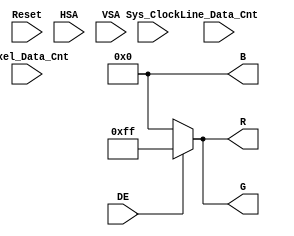
`timescale 1ns / 1ps
//////////////////////////////////////////////////////////////////////////////////
// Company:
// Engineer:
//
// Design Name:
// Module Name:    Data
// Project Name:
// Target Devices:
// Tool versions:
// Description:
//
// Dependencies:
//
// Revision:
// Revision 0.01 - File Created
// Additional Comments:
//
//////////////////////////////////////////////////////////////////////////////////
module Data_patten(
input Sys_Clock,
input Reset,
input HSA,
input VSA,
input DE,

input [15:0]Pixel_Data_Cnt,
input [15:0]Line_Data_Cnt,

output wire [7:0]R,
output wire [7:0]G,
output wire [7:0]B
    );
wire [7:0]Data_R;
wire [7:0]Data_G;
wire [7:0]Data_B;
assign Data_R[7:0] = 8'd255;
assign Data_G[7:0] = 8'd255;
assign Data_B[7:0] = 8'd0;

assign R[7:0] = DE == 1 ? Data_R[7:0] : 0;
assign G[7:0] = DE == 1 ? Data_G[7:0] : 0;
assign B[7:0] = DE == 1 ? Data_B[7:0] : 0;

endmodule